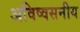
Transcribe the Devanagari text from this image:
अविष्वसनीय